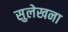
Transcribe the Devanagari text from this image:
सुलेखना